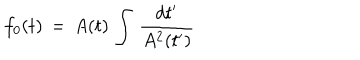
f _ { 0 } ( t ) \, = \, A ( t ) \, \int \, { \frac { d t ^ { \prime } } { A ^ { 2 } ( t ^ { \prime } ) } }